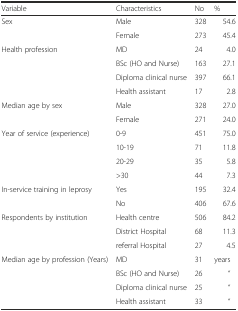
| Variable | Characteristics | No | % |
 | --- | --- | --- | --- |
 | <ROWSPAN=2> Sex | Male | 328 | 54.6 |
 | Female | 273 | 45.4 |
 | <ROWSPAN=4> Health profession | MD | 24 | 4.0 |
 | BSc (HO and Nurse) | 163 | 27.1 |
 | Diploma clinical nurse | 397 | 66.1 |
 | Health assistant | 17 | 2.8 |
 | <ROWSPAN=2> Median age by sex | Male | 328 | 27.0 |
 | Female | 271 | 24.0 |
 | <ROWSPAN=4> Year of service (experience) | 0-9 | 451 | 75.0 |
 | 10-19 | 71 | 11.8 |
 | 20-29 | 35 | 5.8 |
 | >30 | 44 | 7.3 |
 | <ROWSPAN=2> In-service training in leprosy | Yes | 195 | 32.4 |
 | No | 406 | 67.6 |
 | <ROWSPAN=3> Respondents by institution | Health centre | 506 | 84.2 |
 | District Hospital | 68 | 11.3 |
 | referral Hospital | 27 | 4.5 |
 | <ROWSPAN=4> Median age by profession (Years) | MD | 31 | years |
 | BSc (HO and Nurse) | 26 | “ |
 | Diploma clinical nurse | 25 | “ |
 | Health assistant | 33 | “ |